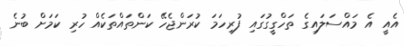
އެއީ އެ މައްސަލައިގެ ތަހްގީގުގައި ފުރިހަމަ ކުރަންޖެހޭ ކަންތައްތަކެއް ހުރި ކަމަށް ބުނެ